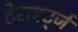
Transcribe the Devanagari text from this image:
टेराहर्ट्ज